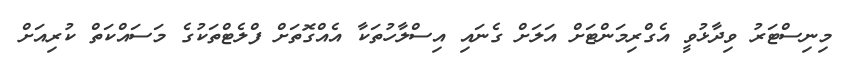
މިނިސްޓަރު ވިދާޅުވީ އެގްރިމަންޓަށް އަލަށް ގެނައި އިސްލާހުތަކާ އެއްގޮތަށް ފްލެޓްތަކުގެ މަސައްކަތް ކުރިއަށް